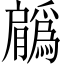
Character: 𦢳